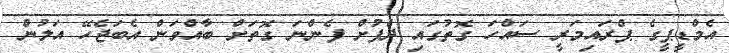
އެމްޑީޕީގެ ޕްރައިމަރީ ސައްހަ ގޮތުގައި ދެފުށް ފެންނަ ގޮތަށް ބާއްވަން އެބަޖެހޭ އަލުން